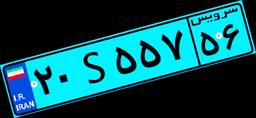
۲۰S۵۵۷۵۶